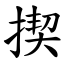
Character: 揳